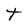
Character: t